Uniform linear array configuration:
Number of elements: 64
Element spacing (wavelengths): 0.5
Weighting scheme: blackman
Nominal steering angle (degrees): -60
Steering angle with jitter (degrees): -58.722
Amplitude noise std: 0.05
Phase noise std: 0.05

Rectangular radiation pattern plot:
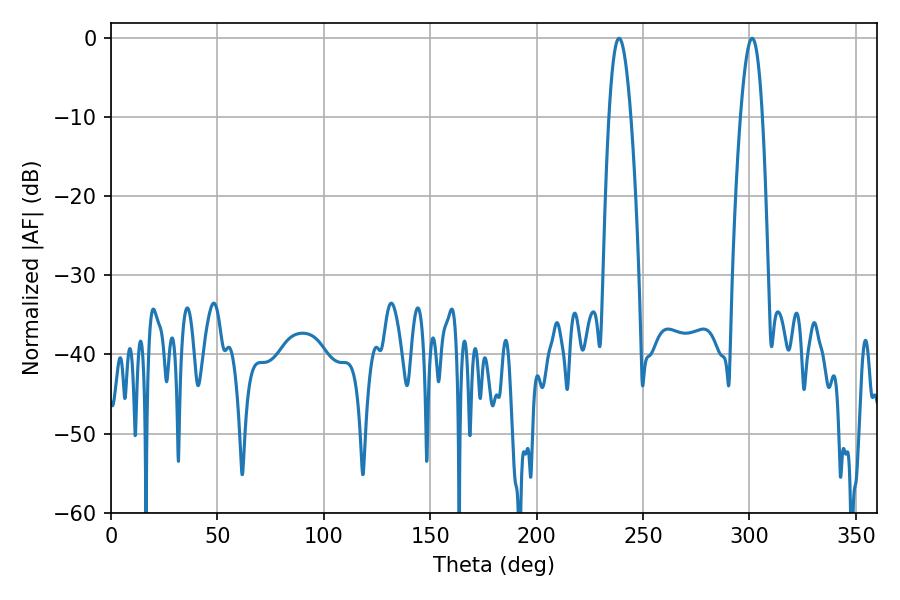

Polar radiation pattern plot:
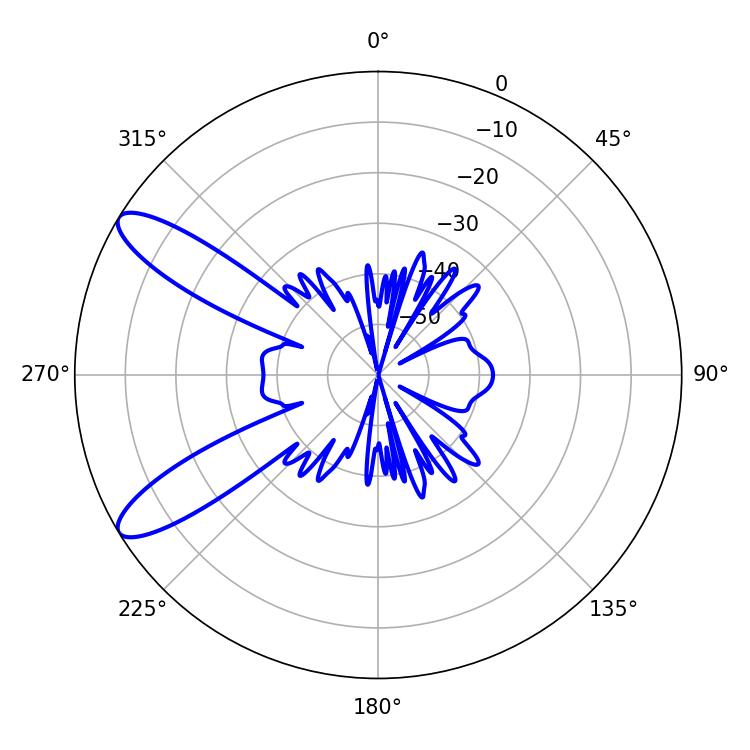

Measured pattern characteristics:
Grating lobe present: FALSE
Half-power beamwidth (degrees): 5.76
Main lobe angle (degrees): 238.68